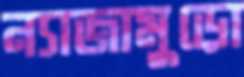
ন্যাজামুড়ো